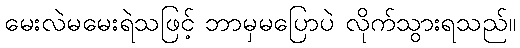
မေးလဲမမေးရဲသဖြင့် ဘာမှမပြောပဲ လိုက်သွားရသည်။